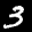
Label: 3